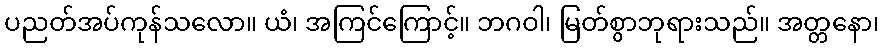
ပညတ်အပ်ကုန်သလော။ ယံ၊ အကြင်ကြောင့်။ ဘဂဝါ၊ မြတ်စွာဘုရားသည်။ အတ္တနော၊